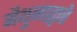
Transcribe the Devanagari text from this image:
मैथुनाद्वारे